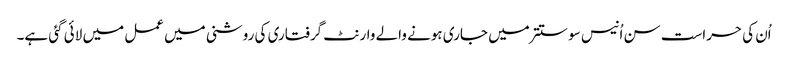
اُن کی حراست سن اُنیس سو ستتر میں جاری ہونے والے وارنٹ گرفتاری کی روشنی میں عمل میں لائی گئی ہے۔